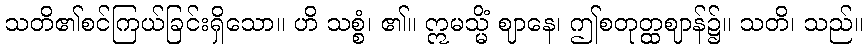
သတိ၏စင်ကြယ်ခြင်းရှိသော။ ဟိ သစ္စံ၊ ၏။ ဣမသ္မိံ ဈာနေ၊ ဤစတုတ္ထဈာန်၌။ သတိ၊ သည်။